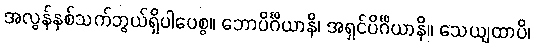
အလွန်နှစ်သက်ဘွယ်ရှိပါပေစွ။ ဘောပိင်္ဂိယာနိ၊ အရှင်ပိင်္ဂိယာနိ။ သေယျထာပိ၊